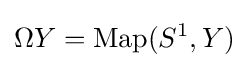
\Omega Y=\operatorname {Map} (S^{1},Y)